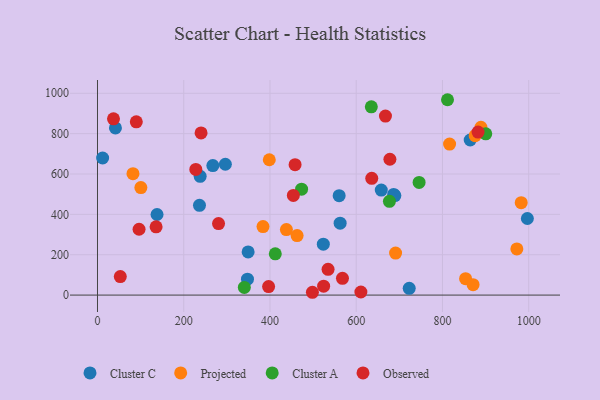
{"axis": {"x": "Speed", "y": "Profit"}, "legend": ["Cluster A", "Cluster C", "Observed", "Projected"], "data": [{"x": "560.4", "y": 492.8, "type": "Cluster C"}, {"x": "996.9", "y": 379.6, "type": "Cluster C"}, {"x": "523.7", "y": 252.3, "type": "Cluster C"}, {"x": "658.1", "y": 520.5, "type": "Cluster C"}, {"x": "686.8", "y": 498.9, "type": "Cluster C"}, {"x": "349.3", "y": 213.7, "type": "Cluster C"}, {"x": "11.9", "y": 679.3, "type": "Cluster C"}, {"x": "296.5", "y": 648.4, "type": "Cluster C"}, {"x": "347.8", "y": 79.0, "type": "Cluster C"}, {"x": "238.1", "y": 588.7, "type": "Cluster C"}, {"x": "562.7", "y": 356.1, "type": "Cluster C"}, {"x": "722.9", "y": 33.3, "type": "Cluster C"}, {"x": "138.1", "y": 399.3, "type": "Cluster C"}, {"x": "41.6", "y": 828.2, "type": "Cluster C"}, {"x": "267.5", "y": 641.8, "type": "Cluster C"}, {"x": "236.5", "y": 445.0, "type": "Cluster C"}, {"x": "689.6", "y": 493.3, "type": "Cluster C"}, {"x": "864.3", "y": 768.6, "type": "Cluster C"}, {"x": "982.6", "y": 457.9, "type": "Projected"}, {"x": "438.1", "y": 324.7, "type": "Projected"}, {"x": "889.2", "y": 831.5, "type": "Projected"}, {"x": "875.8", "y": 790.1, "type": "Projected"}, {"x": "853.6", "y": 81.2, "type": "Projected"}, {"x": "816.5", "y": 748.3, "type": "Projected"}, {"x": "398.4", "y": 670.6, "type": "Projected"}, {"x": "871.0", "y": 51.7, "type": "Projected"}, {"x": "972.5", "y": 228.7, "type": "Projected"}, {"x": "691.3", "y": 208.4, "type": "Projected"}, {"x": "383.8", "y": 339.3, "type": "Projected"}, {"x": "82.3", "y": 601.7, "type": "Projected"}, {"x": "100.6", "y": 532.8, "type": "Projected"}, {"x": "462.9", "y": 294.8, "type": "Projected"}, {"x": "635.0", "y": 932.7, "type": "Cluster A"}, {"x": "412.3", "y": 204.3, "type": "Cluster A"}, {"x": "473.3", "y": 525.0, "type": "Cluster A"}, {"x": "340.5", "y": 37.7, "type": "Cluster A"}, {"x": "900.4", "y": 798.9, "type": "Cluster A"}, {"x": "745.8", "y": 558.2, "type": "Cluster A"}, {"x": "677.0", "y": 464.4, "type": "Cluster A"}, {"x": "811.7", "y": 968.1, "type": "Cluster A"}, {"x": "96.4", "y": 326.3, "type": "Observed"}, {"x": "458.2", "y": 646.0, "type": "Observed"}, {"x": "568.1", "y": 82.9, "type": "Observed"}, {"x": "37.1", "y": 873.6, "type": "Observed"}, {"x": "90.0", "y": 858.5, "type": "Observed"}, {"x": "534.7", "y": 127.4, "type": "Observed"}, {"x": "280.7", "y": 354.4, "type": "Observed"}, {"x": "610.8", "y": 15.3, "type": "Observed"}, {"x": "396.8", "y": 42.0, "type": "Observed"}, {"x": "636.0", "y": 578.4, "type": "Observed"}, {"x": "667.8", "y": 887.1, "type": "Observed"}, {"x": "524.4", "y": 44.3, "type": "Observed"}, {"x": "135.9", "y": 338.3, "type": "Observed"}, {"x": "240.2", "y": 803.6, "type": "Observed"}, {"x": "52.9", "y": 91.6, "type": "Observed"}, {"x": "678.1", "y": 673.2, "type": "Observed"}, {"x": "228.0", "y": 622.7, "type": "Observed"}, {"x": "882.5", "y": 807.8, "type": "Observed"}, {"x": "498.4", "y": 13.9, "type": "Observed"}, {"x": "454.2", "y": 493.9, "type": "Observed"}]}